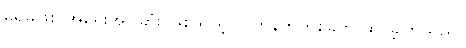
မရှိမဖြစ် အရေးအပါဆုံး ဖြစ်သည့် လက်နက်တစ်ခုကို ထွင်ခဲ့ကြသည်။